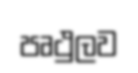
පෘථුලව